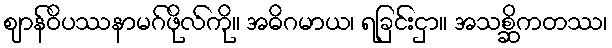
ဈာန်ဝိပဿနာမဂ်ဖိုလ်ကို။ အဓိဂမာယ၊ ရခြင်းငှာ။ အသစ္ဆိကတဿ၊